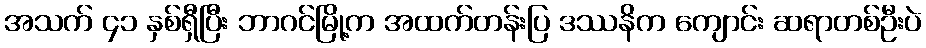
အသက် ၄၁ နှစ်ရှီပြီး ဘာဂင်မြို့က အထက်တန်းပြ ဒဿနိက ကျောင်း ဆရာတစ်ဦးပဲ